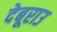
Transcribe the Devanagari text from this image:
देबूराउ